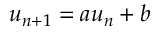
u _ { n + 1 } = a u _ { n } + b